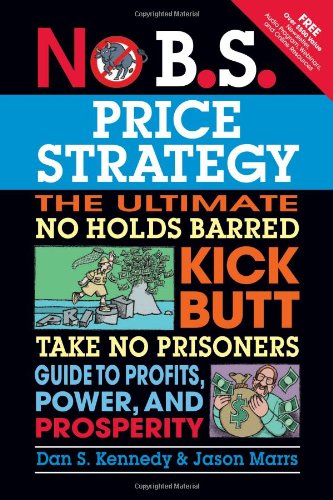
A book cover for No B.S. Price Strategy: The Ultimate No Holds Barred Kick Butt Take No Prisoner Guide to Profits, Power, and Prosperity; Dan S. Kennedy; Business & Money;